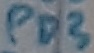
Text: PD3